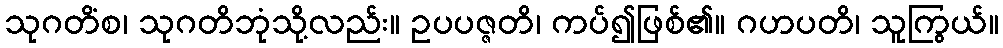
သုဂတိံစ၊ သုဂတိဘုံသို့လည်း။ ဥပပဇ္ဇတိ၊ ကပ်၍ဖြစ်၏။ ဂဟပတိ၊ သူကြွယ်။